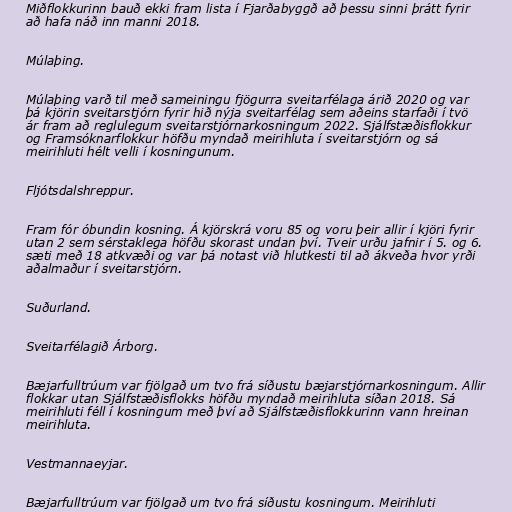
Miðflokkurinn bauð ekki fram lista í Fjarðabyggð að þessu sinni þrátt fyrir
að hafa náð inn manni 2018.

Múlaþing.

Múlaþing varð til með sameiningu fjögurra sveitarfélaga árið 2020 og var
þá kjörin sveitarstjórn fyrir hið nýja sveitarfélag sem aðeins starfaði í tvö
ár fram að reglulegum sveitarstjórnarkosningum 2022. Sjálfstæðisflokkur
og Framsóknarflokkur höfðu myndað meirihluta í sveitarstjórn og sá
meirihluti hélt velli í kosningunum.

Fljótsdalshreppur.

Fram fór óbundin kosning. Á kjörskrá voru 85 og voru þeir allir í kjöri fyrir
utan 2 sem sérstaklega höfðu skorast undan því. Tveir urðu jafnir í 5. og 6.
sæti með 18 atkvæði og var þá notast við hlutkesti til að ákveða hvor yrði
aðalmaður í sveitarstjórn.

Suðurland.

Sveitarfélagið Árborg.

Bæjarfulltrúum var fjölgað um tvo frá síðustu bæjarstjórnarkosningum. Allir
flokkar utan Sjálfstæðisflokks höfðu myndað meirihluta síðan 2018. Sá
meirihluti féll í kosningum með því að Sjálfstæðisflokkurinn vann hreinan
meirihluta.

Vestmannaeyjar.

Bæjarfulltrúum var fjölgað um tvo frá síðustu kosningum. Meirihluti